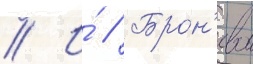
// И́ // Брон'евои